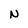
Character: N